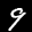
Label: 9